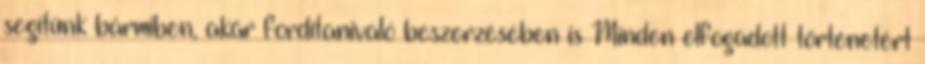
segítünk bármiben, akár fordítanivaló beszerzésében is Minden elfogadott történetért